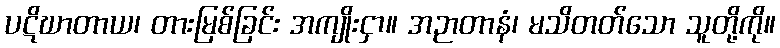
ပဋိဃာတာယ၊ တားမြစ်ခြင်း အကျိုးငှာ။ အဉာတာနံ၊ မသိတတ်သော သူတို့ကို။